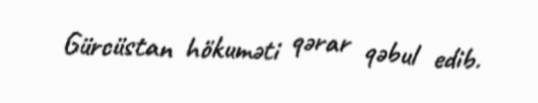
Gürcüstan hökuməti qərar qəbul edib.